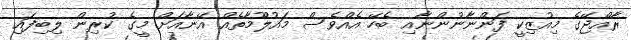
ރާއްޖޭގެ މިއުޒިކީ ފަންނާނުންނާއި ބެހޭ އެއްވެސް މައުލޫމާތެއް އޭނާއަށް މީގެ ކުރިން ލިބިފައި